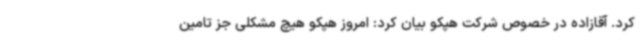
کرد. آقازاده در خصوص شرکت هپکو بیان کرد: امروز هپکو هیچ مشکلی جز تامین